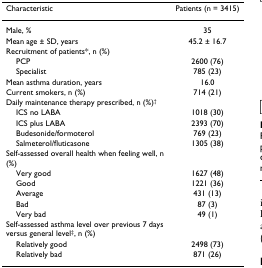
<table><thead><tr><td><b>Characteristic</b></td><td><b>Patients (n = 3415)</b></td></tr></thead><tbody><tr><td>Male, %</td><td>35</td></tr><tr><td>Mean age ± SD, years</td><td>45.2 ± 16.7</td></tr><tr><td>Recruitment of patients*, n (%)</td><td></td></tr><tr><td> PCP</td><td>2600 (76)</td></tr><tr><td> Specialist</td><td>785 (23)</td></tr><tr><td>Mean asthma duration, years</td><td>16.0</td></tr><tr><td>Current smokers, n (%)</td><td>714 (21)</td></tr><tr><td>Daily maintenance therapy prescribed, n (%)<sup>†</sup></td><td></td></tr><tr><td> ICS no LABA</td><td>1018 (30)</td></tr><tr><td> ICS plus LABA</td><td>2393 (70)</td></tr><tr><td> Budesonide/formoterol</td><td>769 (23)</td></tr><tr><td> Salmeterol/fluticasone</td><td>1305 (38)</td></tr><tr><td>Self-assessed overall health when feeling well, n (%)</td><td></td></tr><tr><td> Very good</td><td>1627 (48)</td></tr><tr><td> Good</td><td>1221 (36)</td></tr><tr><td> Average</td><td>431 (13)</td></tr><tr><td> Bad</td><td>87 (3)</td></tr><tr><td> Very bad</td><td>49 (1)</td></tr><tr><td>Self-assessed asthma level over previous 7 days versus general level<sup>‡</sup>, n (%)</td><td></td></tr><tr><td> Relatively good</td><td>2498 (73)</td></tr><tr><td> Relatively bad</td><td>871 (26)</td></tr></tbody></table>